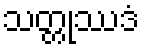
သတ္တုဿဒံ